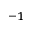
^ { - 1 }